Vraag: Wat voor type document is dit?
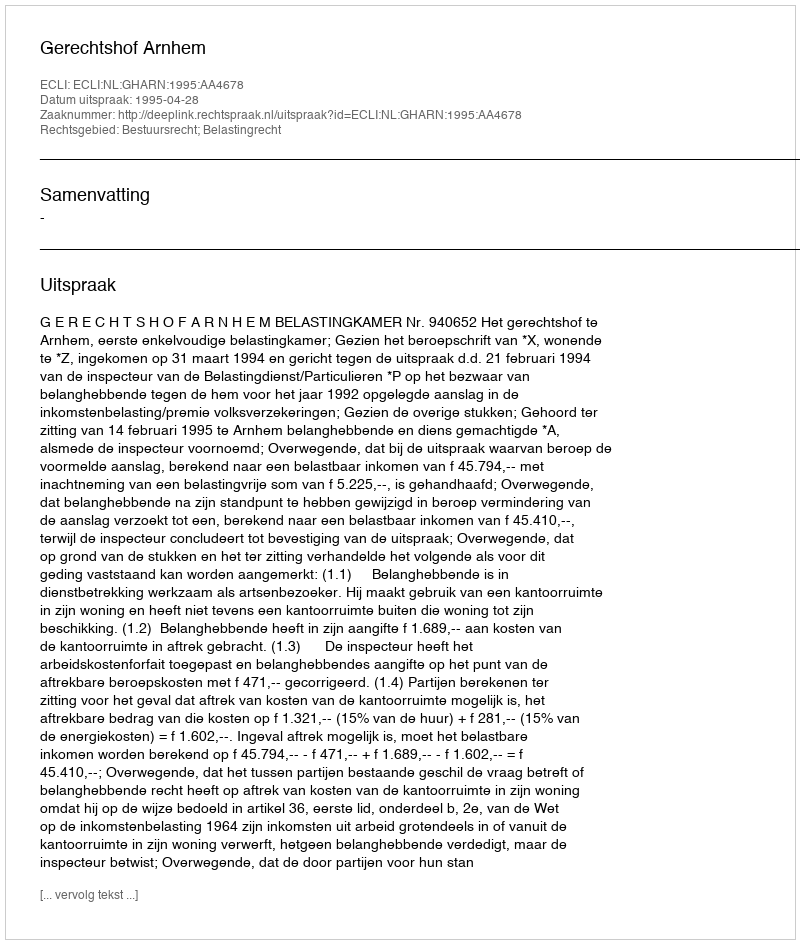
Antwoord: Uitspraak